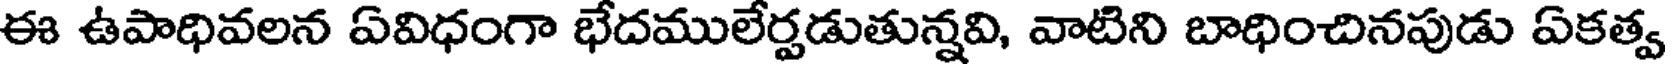
ఈ ఉపాధివలన ఏవిధంగా భేదములేర్పడుతున్నవి, వాటిని బాధించినపుడు ఏకత్వ